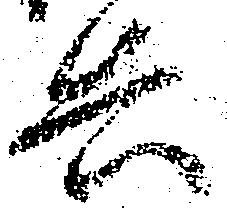
兵